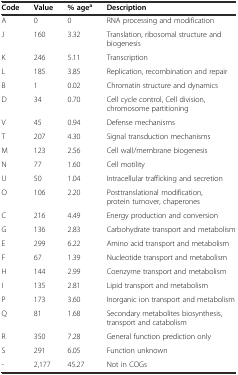
<table><thead><tr><td><b>Code</b></td><td><b>Value</b></td><td><b>% age<sup>a</sup></b></td><td><b>Description</b></td></tr></thead><tbody><tr><td>A</td><td>0</td><td>0</td><td>RNA processing and modification</td></tr><tr><td>J</td><td>160</td><td>3.32</td><td>Translation, ribosomal structure and biogenesis</td></tr><tr><td>K</td><td>246</td><td>5.11</td><td>Transcription</td></tr><tr><td>L</td><td>185</td><td>3.85</td><td>Replication, recombination and repair</td></tr><tr><td>B</td><td>1</td><td>0.02</td><td>Chromatin structure and dynamics</td></tr><tr><td>D</td><td>34</td><td>0.70</td><td>Cell cycle control, Cell division, chromosome partitioning</td></tr><tr><td>V</td><td>45</td><td>0.94</td><td>Defense mechanisms</td></tr><tr><td>T</td><td>207</td><td>4.30</td><td>Signal transduction mechanisms</td></tr><tr><td>M</td><td>123</td><td>2.56</td><td>Cell wall/membrane biogenesis</td></tr><tr><td>N</td><td>77</td><td>1.60</td><td>Cell motility</td></tr><tr><td>U</td><td>50</td><td>1.04</td><td>Intracellular trafficking and secretion</td></tr><tr><td>O</td><td>106</td><td>2.20</td><td>Posttranslational modification, protein turnover, chaperones</td></tr><tr><td>C</td><td>216</td><td>4.49</td><td>Energy production and conversion</td></tr><tr><td>G</td><td>136</td><td>2.83</td><td>Carbohydrate transport and metabolism</td></tr><tr><td>E</td><td>299</td><td>6.22</td><td>Amino acid transport and metabolism</td></tr><tr><td>F</td><td>67</td><td>1.39</td><td>Nucleotide transport and metabolism</td></tr><tr><td>H</td><td>144</td><td>2.99</td><td>Coenzyme transport and metabolism</td></tr><tr><td>I</td><td>135</td><td>2.81</td><td>Lipid transport and metabolism</td></tr><tr><td>P</td><td>173</td><td>3.60</td><td>Inorganic ion transport and metabolism</td></tr><tr><td>Q</td><td>81</td><td>1.68</td><td>Secondary metabolites biosynthesis, transport and catabolism</td></tr><tr><td>R</td><td>350</td><td>7.28</td><td>General function prediction only</td></tr><tr><td>S</td><td>291</td><td>6.05</td><td>Function unknown</td></tr><tr><td>-</td><td>2,177</td><td>45.27</td><td>Not in COGs</td></tr></tbody></table>